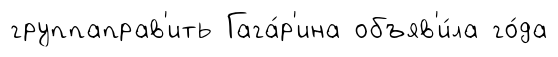
группаправ'ить Гага́р'ина объяв'и́ла го́да